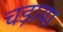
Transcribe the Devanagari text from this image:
चड़ाया